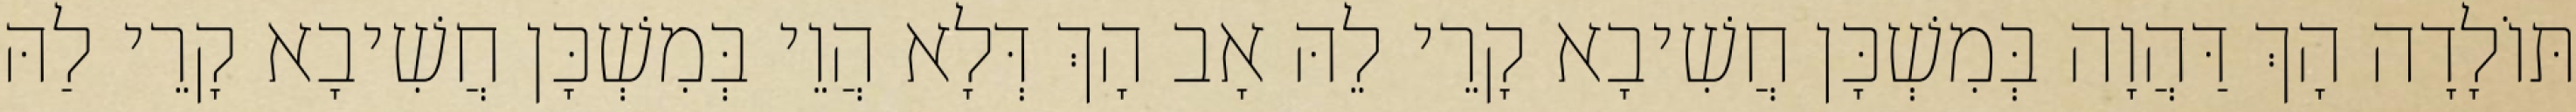
תּוֹלָדָה הָךְ דַּהֲוָה בְּמִשְׁכָּן חֲשִׁיבָא קָרֵי לֵהּ אָב הָךְ דְּלָא הֲוֵי בְּמִשְׁכָּן חֲשִׁיבָא קָרֵי לַהּ